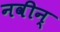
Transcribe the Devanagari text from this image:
नवीन्